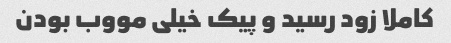
کاملا زود رسید و پیک خیلی مووب بودن